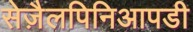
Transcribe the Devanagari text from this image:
सेज़ैलपिनिआपडी